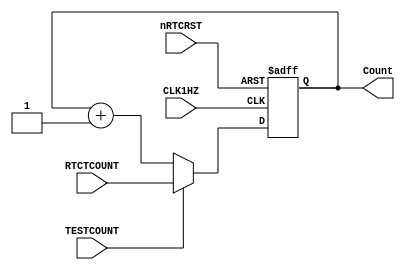
//  --========================================================================--
//  This confidential and proprietary software may be used only
//  as authorised by a licensing agreement from ARM Limited
//  (C) COPYRIGHT 2001 ARM Limited
//  ALL RIGHTS RESERVED
//  The entire notice above must be reproduced on all authorised copies
//  and copies may only be made to the extent permitted by a
//  licensing agreement from ARM Limited.
//  ----------------------------------------------------------------------------
//
//  Version and Release Control Information :
//
//
//
//  File Revision       : 1.9
//
//  Release Information : PrimeCell(TM)-PL031-REL1v0
//
//  ----------------------------------------------------------------------------
// Purpose               : This block implements the free-running 32bit counter
//                         which counts up on each rising edge of CLK1HZ.
//
//  --========================================================================--


`timescale 1ns/1ps


module RtcCounter (
                 // Inputs
                   CLK1HZ,
                   nRTCRST,
                   RTCTCOUNT,
                   TESTCOUNT,
                 // Outputs
                   Count
                   );

input         CLK1HZ;         // RTC Clock
input         nRTCRST;        // RTC reset
input  [31:0] RTCTCOUNT;      // RTC Test Count register
input         TESTCOUNT;      // Test count enable

output [31:0] Count;          // 32bit Counter


//------------------------------------------------------------------------------
//
//                             RtcCounter
//                             ==========
//
//------------------------------------------------------------------------------
//
// Overview
// ========
// This block performs the following functions
//
// Generation of a free-running 32-bit counter whose initial value is zero on
// reset. It counts up from the initial  value upto 0xFFFFFFFF and then rolls
// over to 0x00000000, incrementing by 1 each time a CLK1HZ tick is seen.
//
// Allows a direct write to the Count register via the test count register
// (RTCTCOUNT) for test visibility.
//==============================================================================
//
//------------------------------------------------------------------------------
// Register Declarations
//------------------------------------------------------------------------------
reg [31:0] Count;      // 32bit counter
reg [31:0] NextCount;  // D-input for counter

//------------------------------------------------------------------------------
// Wire Declarations
//------------------------------------------------------------------------------


//------------------------------------------------------------------------------
//
// Main Verilog code
// =================
//
//------------------------------------------------------------------------------


//------------------------------------------------------------------------------
// The free_running counter is 00000000 on reset and counts up to FFFFFFFF.
// At this maximum value it wraps around to 00000000 and continues incrementing.
// Also allows a direct write to the counter via the test control register for
// test visibility
//------------------------------------------------------------------------------
always @(TESTCOUNT or RTCTCOUNT or Count)
  begin : p_CombCounter
    if(TESTCOUNT == 1'b1)
        NextCount = RTCTCOUNT;
      else
        NextCount = Count + 32'h00000001;
  end // p_CombCounter

// -----------------------------------------------------------------------------
// Implementation of RTC counter - Sequential
// -----------------------------------------------------------------------------
always @ (posedge CLK1HZ or negedge nRTCRST)
  begin : p_SeqCounter
    if(nRTCRST == 1'b0)
      Count <= 32'h00000001;
    else
      Count <= NextCount;
  end  // p_SeqCounter


endmodule

//==========================End of RtcCounter===================================